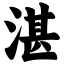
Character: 湛